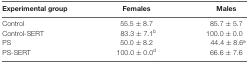
| Experimental group | Females | Males |
 | --- | --- | --- |
 | Control | 55.5 ± 8.7 | 85.7 ± 5.7 |
 | Control-SERT | 83.3 ± 7.1b | 100.0 ± 0.0 |
 | PS | 50.0 ± 8.2 | 44.4 ± 8.6a |
 | PS-SERT | 100.0 ± 0.0d | 66.6 ± 7.6 |